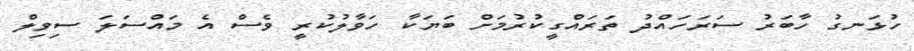
ހުޅަނގު ހާބަރު ސަރަހައްދު ތަރައްގީކުރުމަށް ބަޔަކާ ހަވާލުކުރީ ވެސް އެ މައްސަލަ ސިވިލް